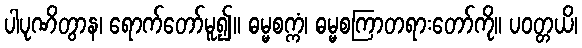
ပါပုဏိတွာန၊ ရောက်တော်မူ၍။ ဓမ္မစက္ကံ၊ ဓမ္မစကြာတရားတော်ကို။ ပဝတ္တယိ၊